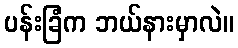
ပန်းခြံက ဘယ်နားမှာလဲ။